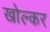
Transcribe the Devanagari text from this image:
खोल्कर